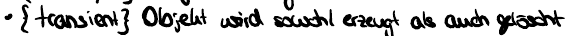
{transient} Objekt wird sowohl erzeugt als auch gelöscht